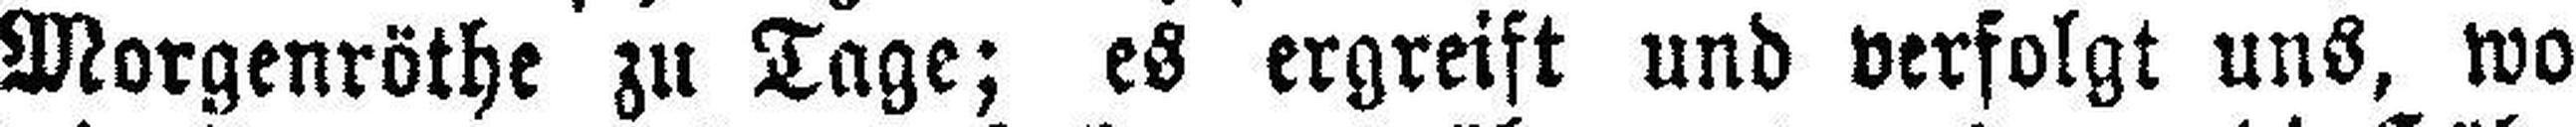
Morgenröthe zu Tage; es ergreift und verfolgt uns, wo